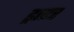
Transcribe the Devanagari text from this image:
ड्राएर